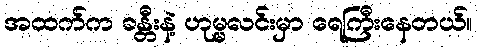
အထက်က ခန္တီးနဲ့ ဟုမ္မလင်းမှာ ရေကြီးနေတယ်။